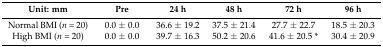
| Unit: mm | Pre | 24 h | 48 h | 72 h | 96 h |
 | --- | --- | --- | --- | --- | --- |
 | Normal BMI (n = 20) | 0.0 ± 0.0 | 36.6 ± 19.2 | 37.5 ± 21.4 | 27.7 ± 22.7 | 18.5 ± 20.3 |
 | High BMI (n = 20) | 0.0 ± 0.0 | 39.7 ± 16.3 | 50.2 ± 20.6 | 41.6 ± 20.5 * | 30.4 ± 20.9 |